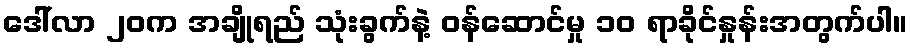
ဒေါ်လာ ၂၀က အချိုရည် သုံးခွက်နဲ့ ဝန်ဆောင်မှု ၁၀ ရာခိုင်နှုန်းအတွက်ပါ။